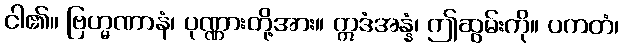
ငါ၏။ ဗြဟ္မဏာနံ၊ ပုဏ္ဏားတို့အား။ ဣဒံအန္နံ၊ ဤဆွမ်းကို။ ပကတံ၊